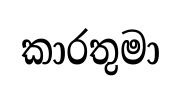
කාරතුමා